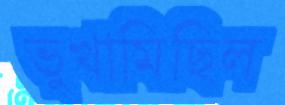
ভুখামিছিল